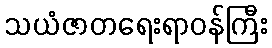
သယံဇာတရေးရာဝန်ကြီး